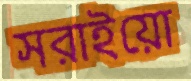
সরাইয়ো